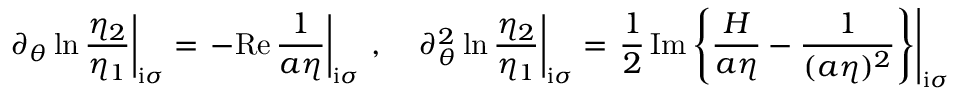
\left. \partial _ { \theta } \ln \frac { \eta _ { 2 } } { \eta _ { 1 } } \right| _ { \mathrm { i } \sigma } = \left. - \mathrm { R e } \, \frac { 1 } { a \eta } \right| _ { \mathrm { i } \sigma } \, , \quad \left. \partial _ { \theta } ^ { 2 } \ln \frac { \eta _ { 2 } } { \eta _ { 1 } } \right| _ { \mathrm { i } \sigma } = \left. \frac { 1 } { 2 } \, \mathrm { I m } \left\{ \frac { H } { a \eta } - \frac { 1 } { ( a \eta ) ^ { 2 } } \right\} \right| _ { \mathrm { i } \sigma }